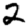
Digit: 2